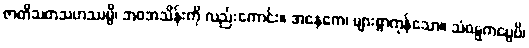
ဇာတိသတသဟဿမ္ပိ၊ ဘဝအသိန်းကို လည်းကောင်း။ အနေကေ၊ များစွာကုန်သော။ သံဝဋ္ဋကပ္ပေပိ၊